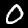
Label: 0